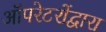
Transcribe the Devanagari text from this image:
ऑपरेटरोंद्वारा